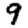
Digit: 9